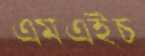
এমএইচ